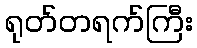
ရုတ်တရက်ကြီး